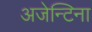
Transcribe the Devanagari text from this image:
अजेन्टिना